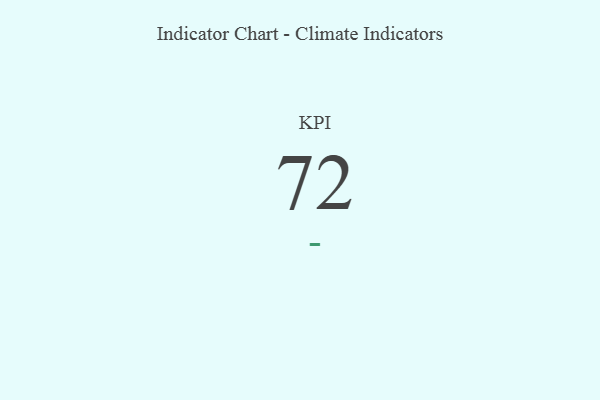
{"axis": {"x": "KPI", "y": "Value"}, "legend": [""], "data": [{"x": "KPI", "y": 72, "type": ""}]}